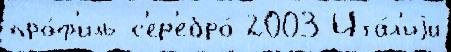
про́ф'иль с'ер'ебро́ 2003 Ита́л'иjи